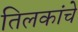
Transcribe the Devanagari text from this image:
तिलकांचे